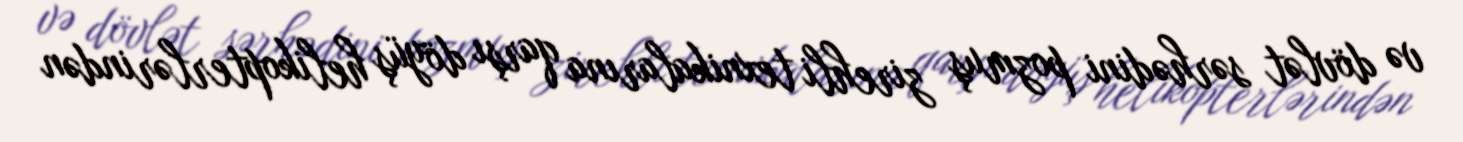
və dövlət sərhədini pozmuş zirehli texnikalarına qarşı döyüş helikopterlərindən